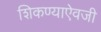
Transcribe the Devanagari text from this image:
शिकण्याऐवजी